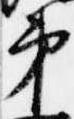
第